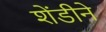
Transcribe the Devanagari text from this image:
शेंडीने